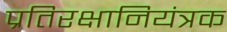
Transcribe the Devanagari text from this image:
प्रतिरक्षानियंत्रक